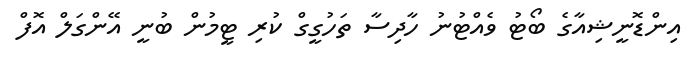
އިންޑޮނީޝިއާގެ ބޯޓު ވެއްޓުނު ހާދިސާ ތަހުގީގް ކުރި ޓީމުން ބުނީ އޭންގަލް އޮފް